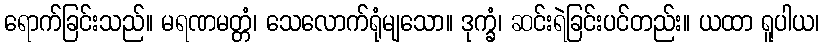
ရောက်ခြင်းသည်။ မရဏမတ္တံ၊ သေလောက်ရုံမျသော။ ဒုက္ခံ၊ ဆင်းရဲခြင်းပင်တည်း။ ယထာ ရူပါယ၊